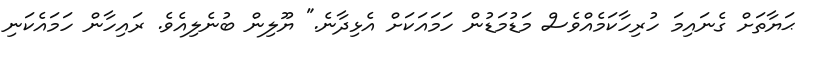
ޙަޔާތަށް ގެނައިމަ ހުރިހާކަމެއްވެސް މަޑުމަޑުން ހަމައަކަށް އެޅިދާނެ." ޔޫލިން ބުނެލިއެވެ. ރައިހާން ހަމައެކަނި